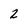
Character: 2